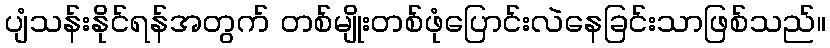
ပျံသန်းနိုင်ရန်အတွက် တစ်မျိုးတစ်ဖုံပြောင်းလဲနေခြင်းသာဖြစ်သည်။